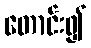
တောင်း၍